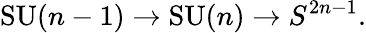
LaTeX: \mathrm{SU}(n-1)\to\mathrm{SU}(n)\to S^{2n-1}.